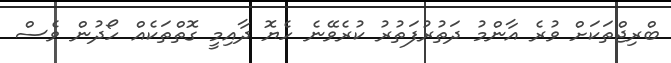
ބްރިޖްތަކަށް ވުރެ އާންމު ދަތުރުފަތުރު ކުރެވޭނެ ހެޔޮ ދާއިމީ ގޮތްތަކެއް ހޯދުން ވެސް